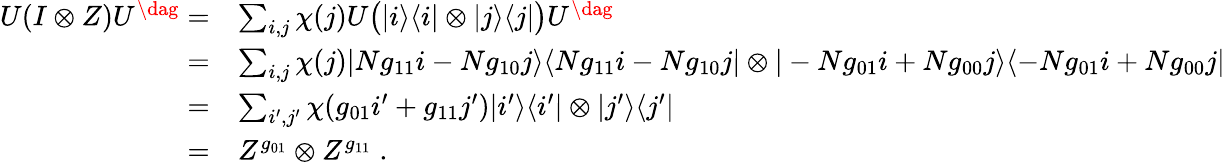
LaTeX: \begin{array}{rl}{U(I\otimes Z)U^{\dag}=}&{\sum_{i,j}\chi(j)U\big(|i\rangle\langle i|\otimes|j\rangle\langle j|\big)U^{\dag}}\\ {=}&{\sum_{i,j}\chi(j)|Ng_{11}i-Ng_{10}j\rangle\langle Ng_{11}i-Ng_{10}j|\otimes|-Ng_{01}i+Ng_{00}j\rangle\langle-Ng_{01}i+Ng_{00}j|}\\ {=}&{\sum_{i^{\prime},j^{\prime}}\chi(g_{01}i^{\prime}+g_{11}j^{\prime})|i^{\prime}\rangle\langle i^{\prime}|\otimes|j^{\prime}\rangle\langle j^{\prime}|}\\ {=}&{Z^{g_{01}}\otimes Z^{g_{11}}\; .}\end{array}